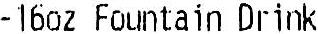
-16OZ FOUNTAIN DRINK